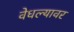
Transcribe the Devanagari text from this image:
वेधल्यावर